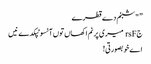
” "شبنم دے قطرے
جrsF میری پرنم اکھاں تو‏ں آنسو ٹپکدے نیں
اے خوبصورتی!